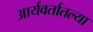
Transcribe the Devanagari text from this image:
आर्यवर्तातल्या